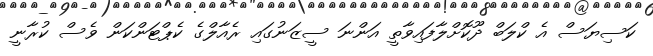
ކަސިޔަސް އެ ކްލަބް ދޫކޮށްލާފައިވާތީ އަންނަ ސީޒަނުގައި ރެއާލްގެ ކެޕްޓަންކަން ވެސް ކުރާނީ